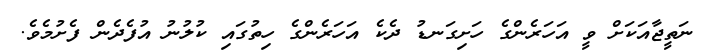
ނަތީޖާއަކަށް ވީ އަހަރެންގެ ހަށިގަނޑު ދެކެ އަހަރެންގެ ހިތުގައި ކުލުނު އުފެދެން ފެށުމެވެ.